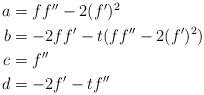
\begin{align*}\begin{aligned} a &= ff'' -2(f')^2 \\ b &= -2ff' -t(ff'' - 2(f')^2) \\ c &= f'' \\ d &= -2f' - tf'' \end{aligned}\end{align*}